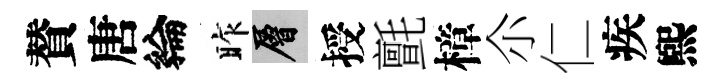
賛唐綸昨層授氈樟尒仁疾煕